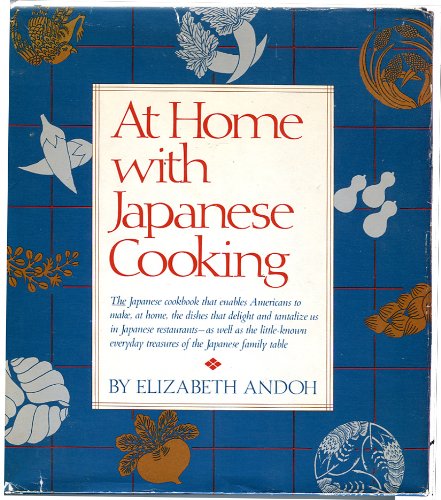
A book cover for At Home With Japanese Cooking; Elizabeth Andoh; Cookbooks, Food & Wine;